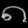
Digit: ၈